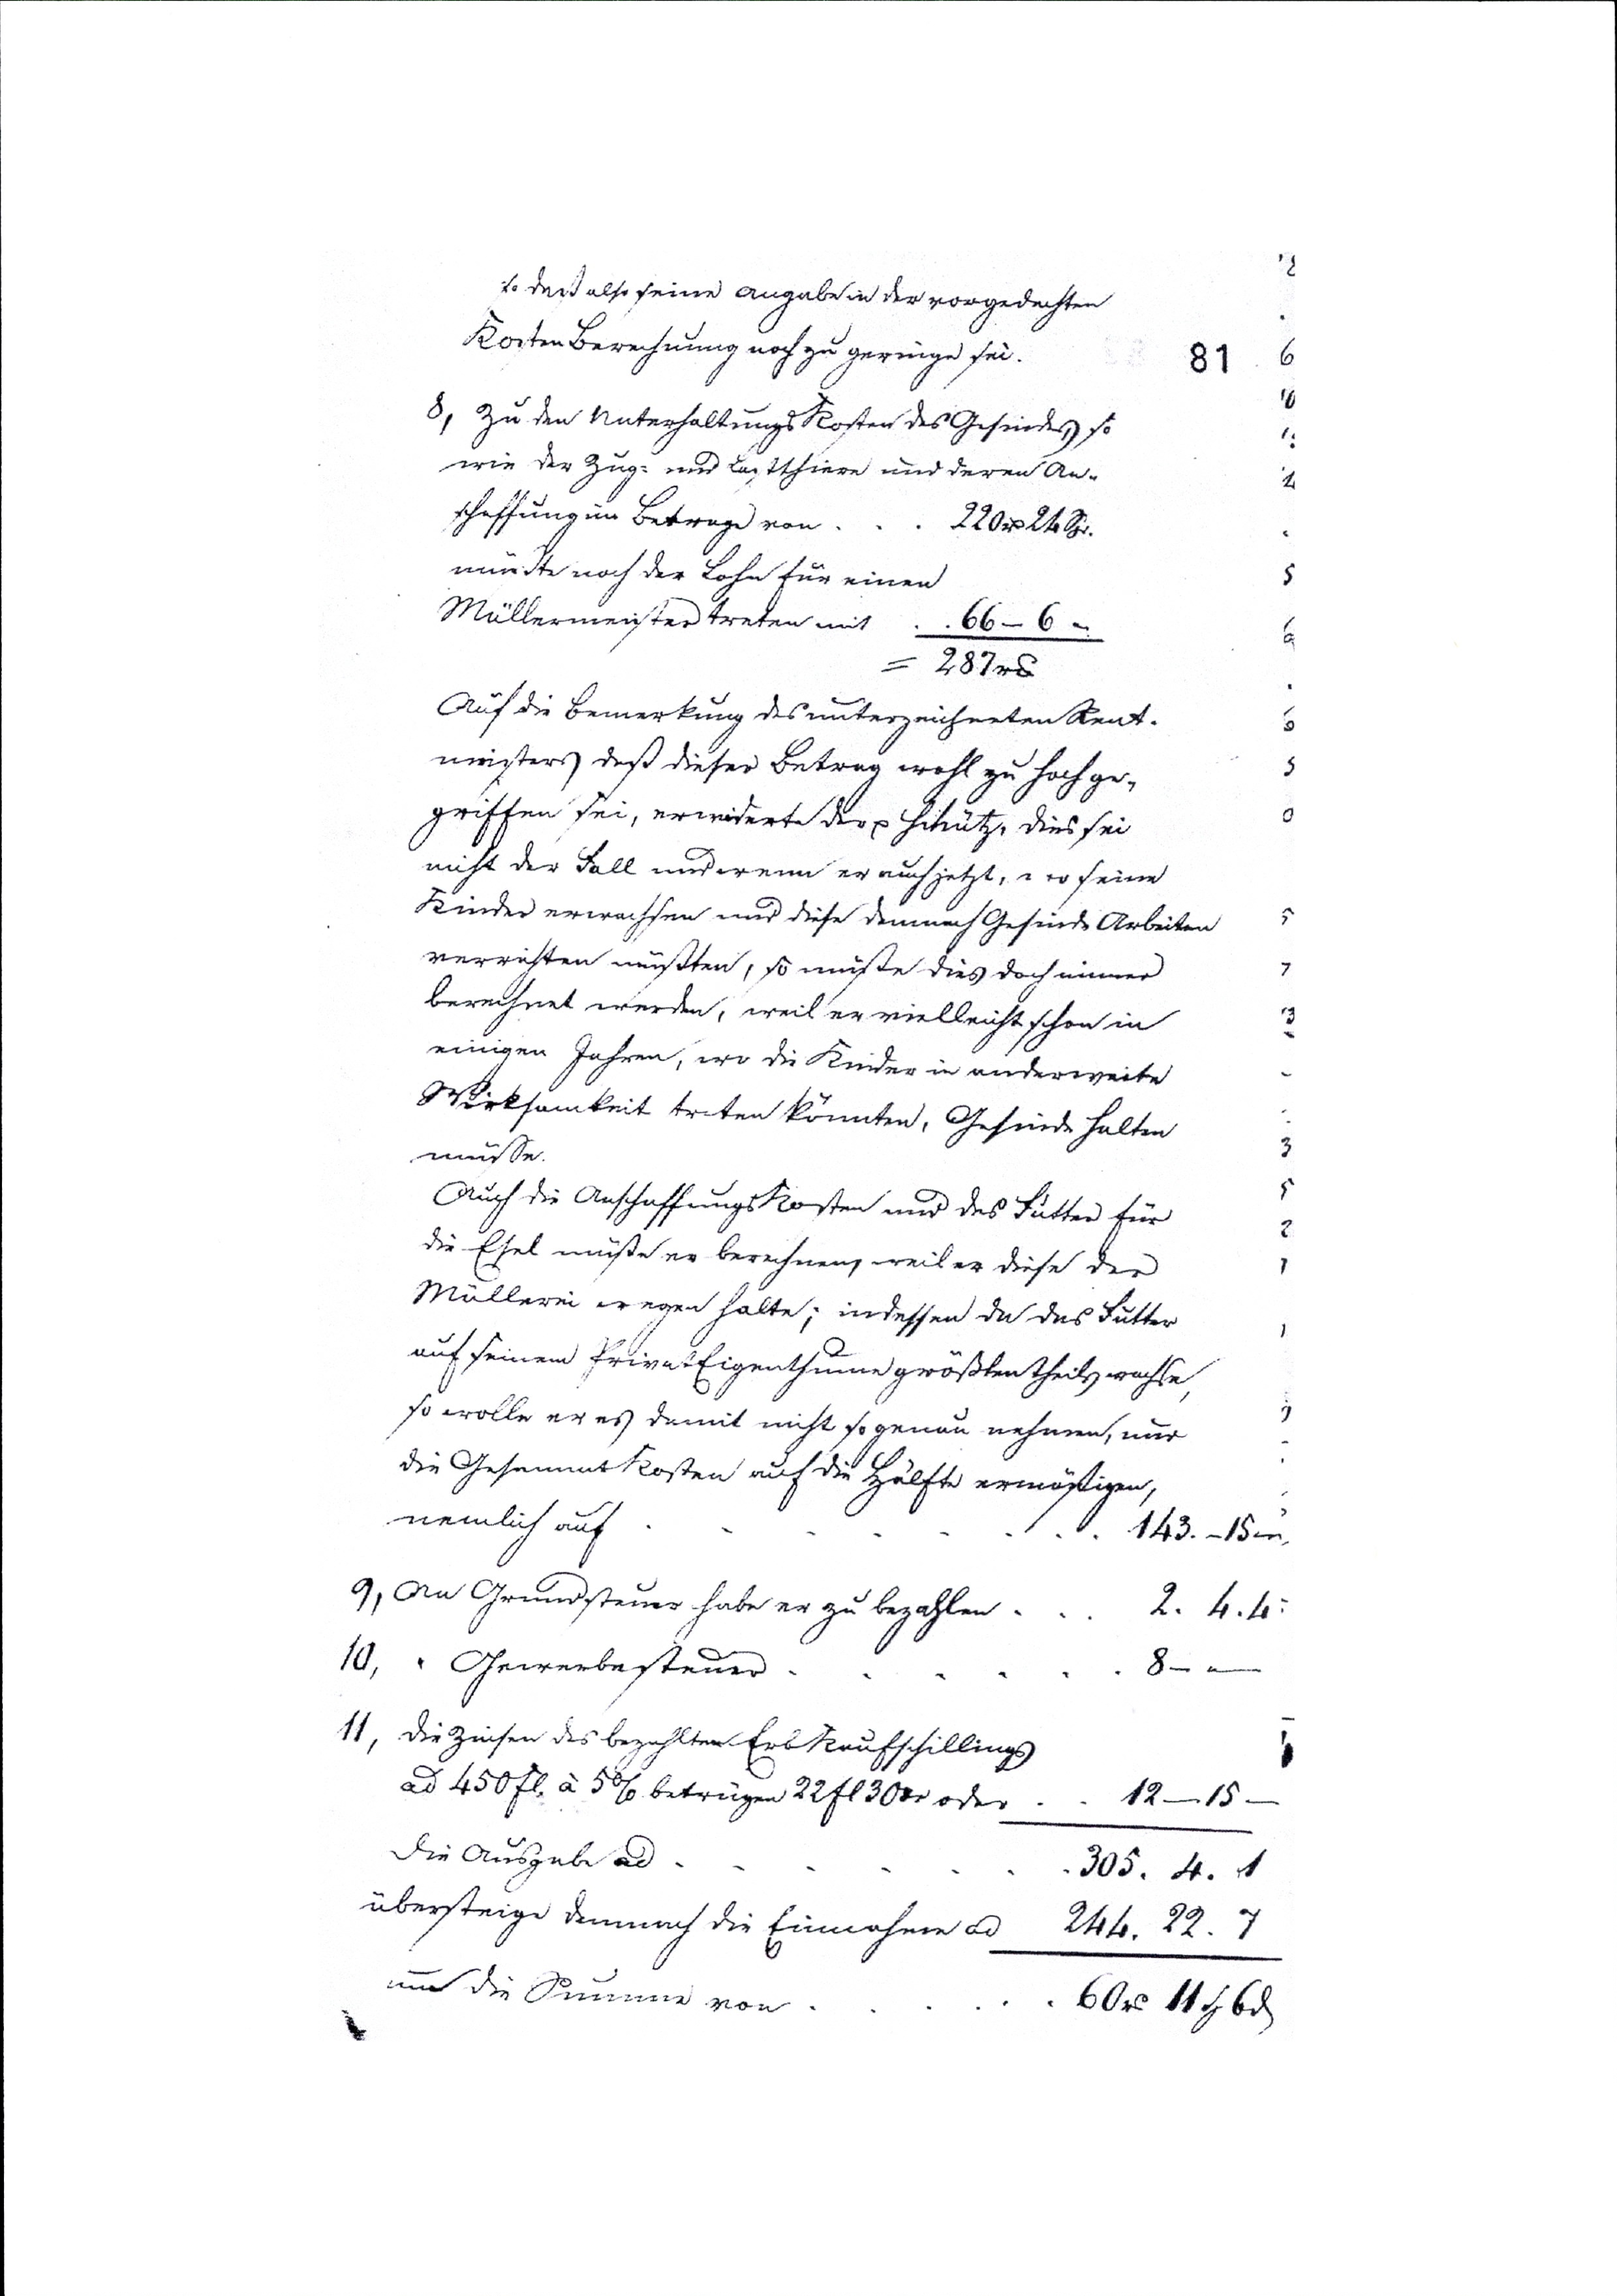
81
so daß also seine angabe in der vorgedachten
Kosten Berechnung noch zu geringe sei.
8, Zu den Unterhaltungskosten des Gesindes so
wie der Zug- und Lastthiere und deren An¬
schaffung im Betrage von   .   .   .   220 rthl 21 Sgr.
müßte noch der Lohn für einen
Müllermeister treten mit   .    .    .   66 _ 6 _
													=  287 rthl
Auf die Bemerkung des unterzeichneten Rent¬
meisters daß dieser Betrag wohl zu hoch ge¬
griffen sei, erwiderte xxx Schütz, dies sei
nicht der Fall sondern er auch jetzt, wo seine
Kinder erwachsen und diese demnach Gesinde Arbeiten
verrichten müßten, so müßte dies doch nimer
berechnet werden, weil er vielleicht schon in
einigen Jahren, wo die Kinder in andererweite
Wirksamkeit treten könnten, Gesinde halten
müsse.
Auch die Anschaffungskosten und das Futter für
die Esel müßte er berechnen weil er diese der
Müllerin wegen halte; indessen da das Futter
auf seinem PrivatEigenthume größtentheils wachse,
so wolle er es damit nicht so genau nehmen, nur
die Gesammtkosten auf die Hälfte ermäßigen,
nemlich auf   .   .    .   .    143._15 _
9, An Grundsteuer habe er zu bezahlen  .   .  2. 4. 4
10, "  Gewerbesteuer    .   .   .    8 _   _
11,  die Zinsen des bezahlten Erbkaufschillings
ad 450 Fl à 5 % betrügen 22 Fl 30 xr oder  .   .   12 _ 15 _
die Ausgabe ad  .      .    .    .    .    .     .    305. 4. 1
übersteige demnach die Einnahmen ad  244. 22. 7
und die Summe von  .   .    .    .   60 rthl  11 Sgr 6 d